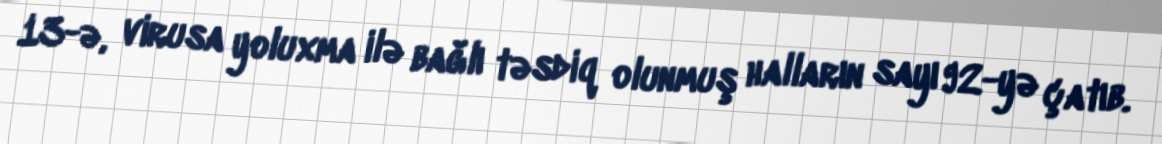
13-ə, virusa yoluxma ilə bağlı təsdiq olunmuş halların sayı 92-yə çatıb.